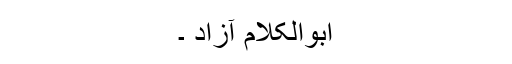
ابوالکلام آزاد ۔